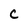
Character: C